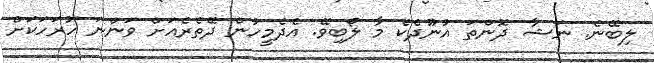
ލިބޭނެ. ނަޝާ ދޮންތަ އުނޫދެކެ މާ ލޯބިވޭ. އެދެމީހުން ދޭތެރެއަށް ވަންނަ ހުރަހަކަށް